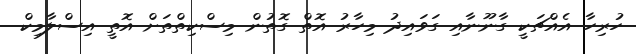
ހުރިހާ އެއްޗަކީ ގާނޫނާއި ގަވައިދު މިހާރު އޮތް ގޮތުން މިސްކިތްތަށް އޮތީ އިސްލާމިކް